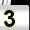
Digit: 3